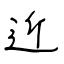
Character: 近